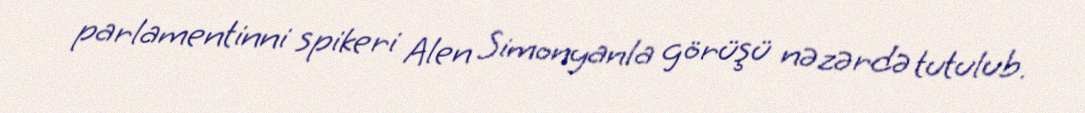
parlamentinni spikeri Alen Simonyanla görüşü nəzərdə tutulub.